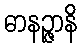
ဓာနဉ္ဇာနိ